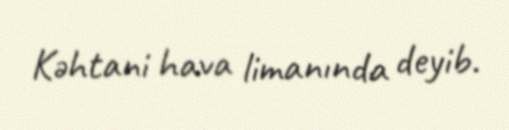
Kəhtani hava limanında deyib.